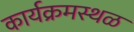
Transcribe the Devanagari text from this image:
कार्यक्रमस्थळ